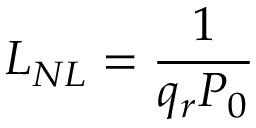
L _ { N L } = \frac { 1 } { q _ { r } P _ { 0 } }